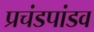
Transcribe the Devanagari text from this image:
प्रचंडपांडव